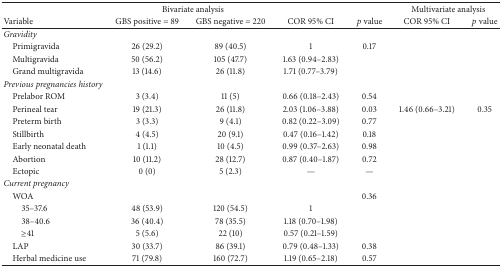
| <COLSPAN=5> Bivariate analysis | <COLSPAN=2> Multivariate analysis |
 | Variable | GBS positive = 89 | GBS negative = 220 | COR 95% CI | p value | COR 95% CI | p value |
 | --- | --- | --- | --- | --- | --- | --- |
 | Gravidity |  |  |  |  |  |  |
 | Primigravida | 26 (29.2) | 89 (40.5) | 1 | 0.17 |  |  |
 | Multigravida | 50 (56.2) | 105 (47.7) | 1.63 (0.94–2.83) |  |  |  |
 | Grand multigravida | 13 (14.6) | 26 (11.8) | 1.71 (0.77–3.79) |  |  |  |
 | Previous pregnancies history |  |  |  |  |  |  |
 | Prelabor ROM | 3 (3.4) | 11 (5) | 0.66 (0.18–2.43) | 0.54 |  |  |
 | Perineal tear | 19 (21.3) | 26 (11.8) | 2.03 (1.06–3.88) | 0.03 | 1.46 (0.66–3.21) | 0.35 |
 | Preterm birth | 3 (3.3) | 9 (4.1) | 0.82 (0.22–3.09) | 0.77 |  |  |
 | Stillbirth | 4 (4.5) | 20 (9.1) | 0.47 (0.16–1.42) | 0.18 |  |  |
 | Early neonatal death | 1 (1.1) | 10 (4.5) | 0.99 (0.37–2.63) | 0.98 |  |  |
 | Abortion | 10 (11.2) | 28 (12.7) | 0.87 (0.40–1.87) | 0.72 |  |  |
 | Ectopic | 0 (0) | 5 (2.3) | — | — |  |  |
 | Current pregnancy |  |  |  |  |  |  |
 | WOA |  |  |  | 0.36 |  |  |
 | 35–37.6 | 48 (53.9) | 120 (54.5) | 1 |  |  |  |
 | 38–40.6 | 36 (40.4) | 78 (35.5) | 1.18 (0.70–1.98) |  |  |  |
 | ≥41 | 5 (5.6) | 22 (10) | 0.57 (0.21–1.59) |  |  |  |
 | LAP | 30 (33.7) | 86 (39.1) | 0.79 (0.48–1.33) | 0.38 |  |  |
 | Herbal medicine use | 71 (79.8) | 160 (72.7) | 1.19 (0.65–2.18) | 0.57 |  |  |